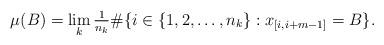
LaTeX: \begin{align*}\mu(B) = \lim_k \tfrac1{n_k}\#\{i\in\{1,2,\dots,n_k\}: x_{[i,i+m-1]}=B\}.\end{align*}